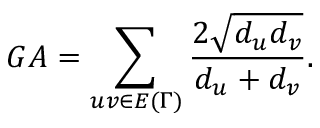
G A = \sum _ { u v \in E { ( \Gamma ) } } \frac { 2 \sqrt { d _ { u } d _ { v } } } { d _ { u } + d _ { v } } .